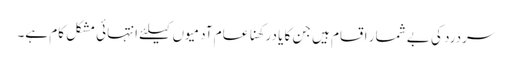
سردرد کی بے شمار اقسام ہیں جن کا یا درکھنا عام آدمیوں کیلئے انتہائی مشکل کام ہے۔